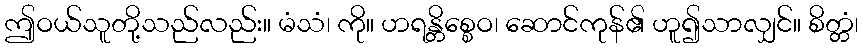
ဤဝယ်သူတို့သည်လည်း။ မံသံ၊ ကို။ ဟရန္တိစ္စေဝ၊ ဆောင်ကုန်၏ ဟူ၍သာလျှင်။ စိတ္တံ၊